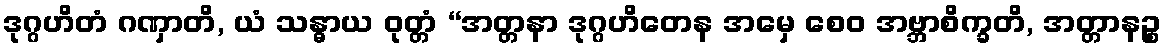
ဒုဂ္ဂဟိတံ ဂဏှာတိ, ယံ သန္ဓာယ ဝုတ္တံ “အတ္တနာ ဒုဂ္ဂဟိတေန အမှေ စေဝ အဗ္ဘာစိက္ခတိ, အတ္တာနဉ္စ